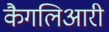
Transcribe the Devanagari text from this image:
कैगलिआरी